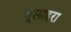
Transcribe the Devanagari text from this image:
वूलाहरा